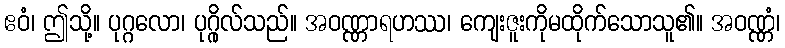
ဧဝံ၊ ဤသို့။ ပုဂ္ဂလော၊ ပုဂ္ဂိုလ်သည်။ အဝဏ္ဏာရဟဿ၊ ကျေးဇူးကိုမထိုက်သောသူ၏။ အဝဏ္ဏံ၊